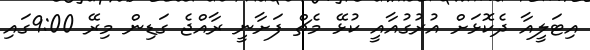
އިޓަލީއާ ދެކޮޅަށް އުރުގުއާއީ ކުޅޭ މެޗް ފަށާނީ ރާއްޖެ ގަޑިން މިރޭ 9:00ގައި